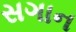
સગાન